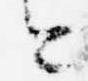
今